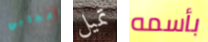
إعجابي تميل بأسمه